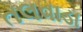
તલવાડા